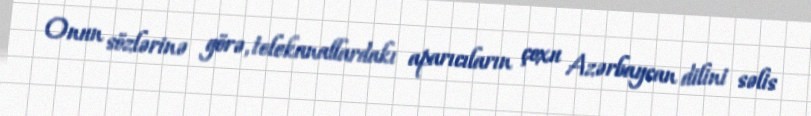
Onun sözlərinə görə, telekanallardakı aparıcıların çoxu Azərbaycan dilini səlis